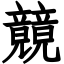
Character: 竸